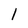
Character: l